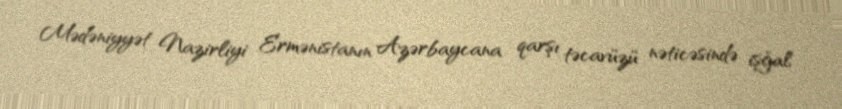
Mədəniyyət Nazirliyi Ermənistanın Azərbaycana qarşı təcavüzü nəticəsində işğal